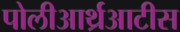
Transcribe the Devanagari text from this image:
पोलीआर्थ्रआटीस